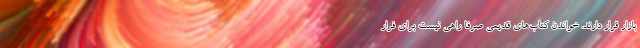
بازار قرار دارند. خواندن کتاب‌های قدیمی صرفاً راهی نیست برای فرار